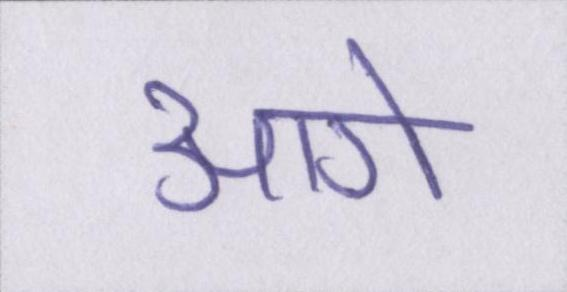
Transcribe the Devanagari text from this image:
आगे